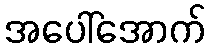
အပေါ်အောက်